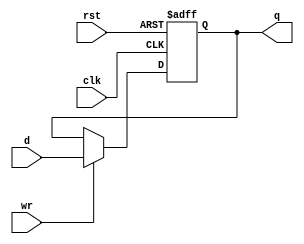


module mfp_register_r
#(
    parameter WIDTH = 32,
    parameter RESET = { WIDTH { 1'b0 } }
)
(
    input                        clk,
    input                        rst,
    input      [ WIDTH - 1 : 0 ] d,
    input                        wr,
    output reg [ WIDTH - 1 : 0 ] q
);
    always @ (posedge clk or negedge rst)
        if(~rst)
            q <= RESET;
        else
            if(wr) q <= d;
endmodule